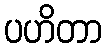
ပဟိတာ